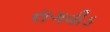
રાગવીડ